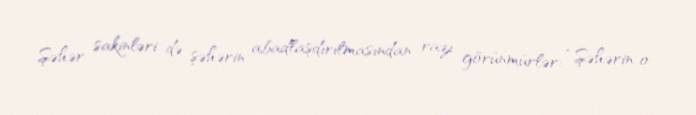
Şəhər sakinləri də şəhərin abadlaşdırılmasından razı görünmürlər: “Şəhərin o